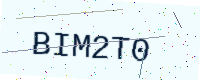
Text: BIM2T0